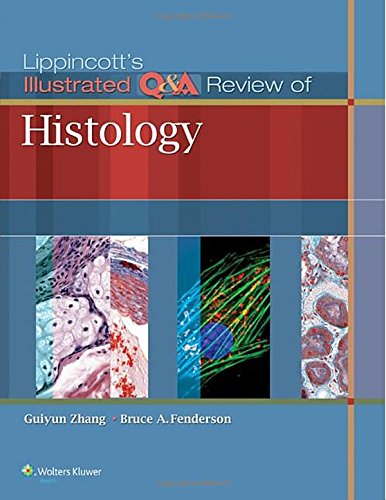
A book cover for Lippincott's Illustrated Q&A Review of Histology; Guiyun Zhang; Medical Books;